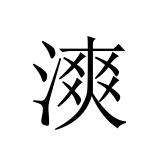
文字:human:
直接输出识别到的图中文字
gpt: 漺